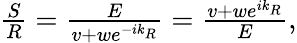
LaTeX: \begin{array}{r}{\frac{S}{R}=\frac{E}{v+we^{-ik_{R}}}=\frac{v+we^{ik_{R}}}{E},}\end{array}